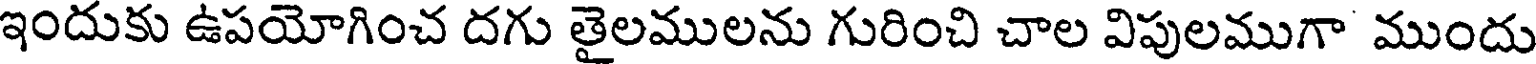
ఇందుకు ఉపయోగించ దగు తైలములను గురించి చాల విపులముగా ముందు